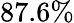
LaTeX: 87.6\%